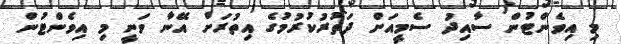
މި އިވެންޓުން ސާއިދު ސެމީއަށް ދަތުރުކުރުމުގެ އިތުރަށް އޭނާ ވަނީ މި އިވެންޓުން